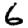
Digit: 6